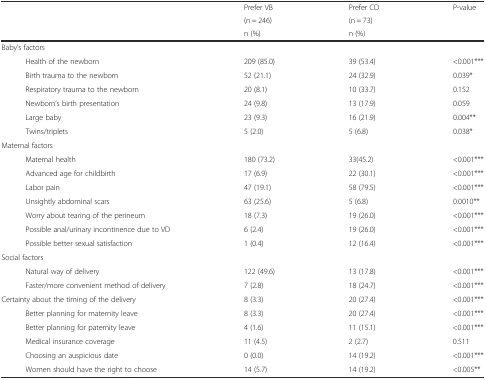
| <ROWSPAN=3>  | Prefer VB | Prefer CD | <ROWSPAN=3> P-value |
 | (n = 246) | (n = 73) |
 | n (%) | n (%) |
 | --- | --- | --- | --- |
 | Baby’s factors |  |  |  |
 | Health of the newborn | 209 (85.0) | 39 (53.4) | <0.001*** |
 | Birth trauma to the newborn | 52 (21.1) | 24 (32.9) | 0.039* |
 | Respiratory trauma to the newborn | 20 (8.1) | 10 (33.7) | 0.152 |
 | Newborn’s birth presentation | 24 (9.8) | 13 (17.9) | 0.059 |
 | Large baby | 23 (9.3) | 16 (21.9) | 0.004** |
 | Twins/triplets | 5 (2.0) | 5 (6.8) | 0.038* |
 | Maternal factors |  |  |  |
 | Maternal health | 180 (73.2) | 33(45.2) | <0.001*** |
 | Advanced age for childbirth | 17 (6.9) | 22 (30.1) | <0.001*** |
 | Labor pain | 47 (19.1) | 58 (79.5) | <0.001*** |
 | Unsightly abdominal scars | 63 (25.6) | 5 (6.8) | 0.0010** |
 | Worry about tearing of the perineum | 18 (7.3) | 19 (26.0) | <0.001*** |
 | Possible anal/urinary incontinence due to VD | 6 (2.4) | 19 (26.0) | <0.001*** |
 | Possible better sexual satisfaction | 1 (0.4) | 12 (16.4) | <0.001*** |
 | Social factors |  |  |  |
 | Natural way of delivery | 122 (49.6) | 13 (17.8) | <0.001*** |
 | Faster/more convenient method of delivery | 7 (2.8) | 18 (24.7) | <0.001*** |
 | Certainty about the timing of the delivery | 8 (3.3) | 20 (27.4) | <0.001*** |
 | Better planning for maternity leave | 8 (3.3) | 20 (27.4) | <0.001*** |
 | Better planning for paternity leave | 4 (1.6) | 11 (15.1) | <0.001*** |
 | Medical insurance coverage | 11 (4.5) | 2 (2.7) | 0.511 |
 | Choosing an auspicious date | 0 (0.0) | 14 (19.2) | <0.001*** |
 | Women should have the right to choose | 14 (5.7) | 14 (19.2) | <0.005** |